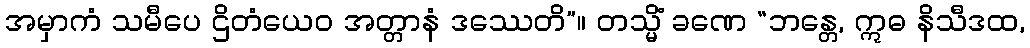
အမှာကံ သမီပေ ဌိတံယေဝ အတ္တာနံ ဒဿေတိ”။ တသ္မိံ ခဏေ “ဘန္တေ, ဣဓ နိသီဒထ,